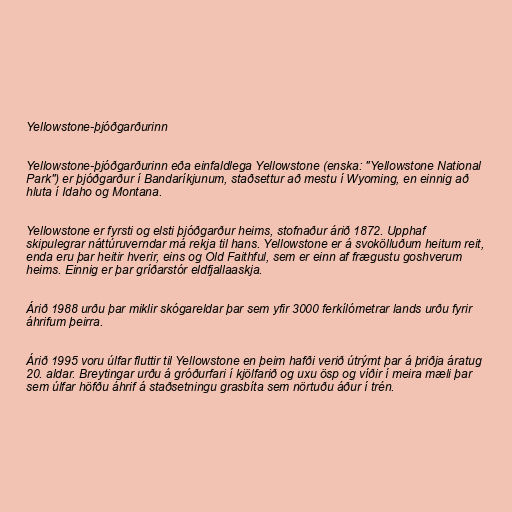
Yellowstone-þjóðgarðurinn

Yellowstone-þjóðgarðurinn eða einfaldlega Yellowstone (enska: "Yellowstone National
Park") er þjóðgarður í Bandaríkjunum, staðsettur að mestu í Wyoming, en einnig að
hluta í Idaho og Montana.

Yellowstone er fyrsti og elsti þjóðgarður heims, stofnaður árið 1872. Upphaf
skipulegrar náttúruverndar má rekja til hans. Yellowstone er á svokölluðum heitum reit,
enda eru þar heitir hverir, eins og Old Faithful, sem er einn af frægustu goshverum
heims. Einnig er þar gríðarstór eldfjallaaskja.

Árið 1988 urðu þar miklir skógareldar þar sem yfir 3000 ferkílómetrar lands urðu fyrir
áhrifum þeirra.

Árið 1995 voru úlfar fluttir til Yellowstone en þeim hafði verið útrýmt þar á þriðja áratug
20. aldar. Breytingar urðu á gróðurfari í kjölfarið og uxu ösp og víðir í meira mæli þar
sem úlfar höfðu áhrif á staðsetningu grasbíta sem nörtuðu áður í trén.